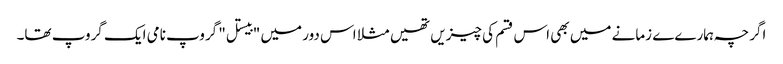
اگرچہ ہمارےے زمانے میں بھی اس قسم کی چیزیں تھیں مثلا اس دور میں "بیستل" گروپ نامی ایک گروپ تھا۔